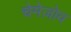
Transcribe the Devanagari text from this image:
चेमेज़ोव